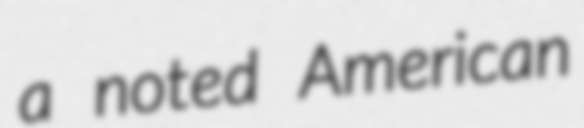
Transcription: a noted American